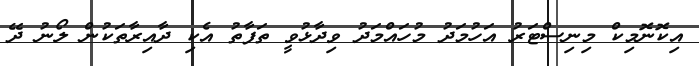
އިކޮނޮމިކް މިނިސްޓަރު އަހުމަދު މުހައްމަދު ވިދާޅުވީ ތަފާތު އެކި ދާއިރާތަކުން ލޯނު ދޭ